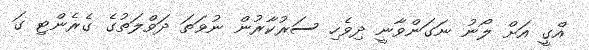
އްގީ އަށް ލޯނު ނަގަންވާނީ ދިވެހި ސަރުކާރުން ނުވަތަ ދަވްލަތުގެ ގެރެންޓި ގަ